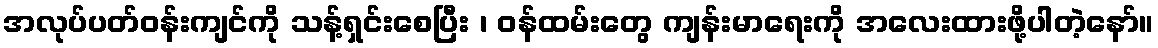
အလုပ်ပတ်ဝန်းကျင်ကို သန့်ရှင်းစေပြီး ၊ ဝန်ထမ်းတွေ ကျန်းမာရေးကို အလေးထားဖို့ပါတဲ့နော်။